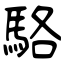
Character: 駱